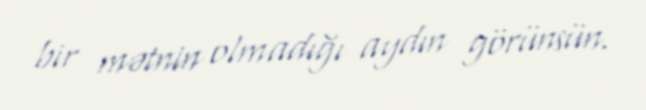
bir mətnin olmadığı aydın görünsün.